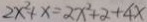
2 x ^ { 2 } + x = 2 x ^ { 2 } + 2 + 4 x